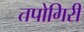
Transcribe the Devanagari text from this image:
तपोगिरी